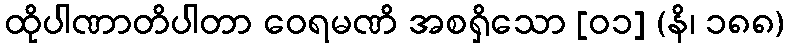
ထိုပါဏာတိပါတာ ဝေရမဏိ အစရှိသော [၀၁] (နိ၊ ၁၈၈)